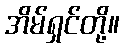
အိမ်ရှင်တို့။